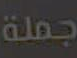
جملة